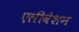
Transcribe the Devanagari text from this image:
एलीवेशन